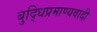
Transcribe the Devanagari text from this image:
बुद्धिप्रमाण्यवादी